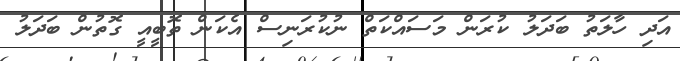
އަދި ހާލަތު ބަދަލު ކުރަން މަސައްކަތް ނުކުރަނިސް އެކަން ތޮބީއީ ގޮތުން ބަދަލު